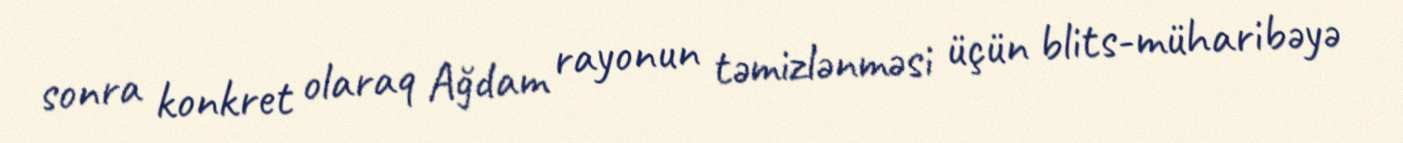
sonra konkret olaraq Ağdam rayonun təmizlənməsi üçün blits-müharibəyə